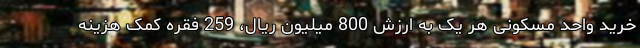
خرید واحد مسکونی هر یک به ارزش 800 میلیون ریال، 259 فقره کمک هزینه